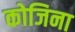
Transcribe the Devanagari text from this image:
कोजिना